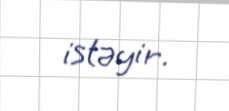
istəyir.